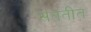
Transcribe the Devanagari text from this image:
संततीत